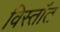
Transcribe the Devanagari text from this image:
विस्तॉत